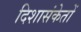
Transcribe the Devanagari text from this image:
दिशासंकेतों